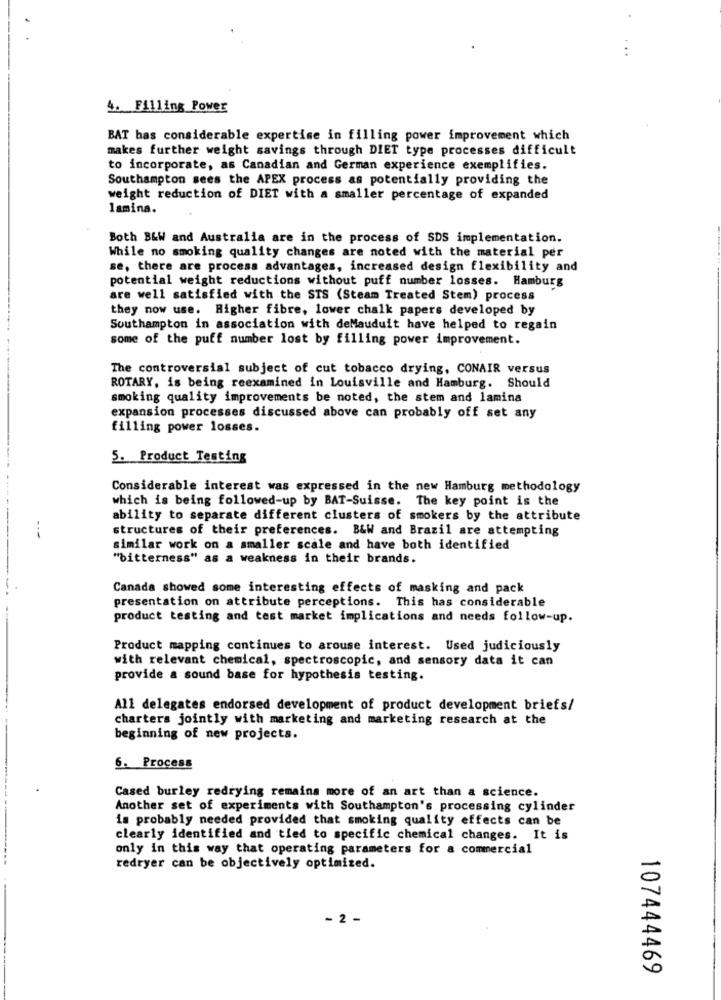
4. Filling Power
BAT has considerable expertise in filling power improvement which
makes further weight savings through DIET type processes difficult
to incorporate, as Canadian and German experience exemplifies.
Southampton sees the APEX process as potentially providing the
weight reduction of DIET with a smaller percentage of expanded
lamina.
Both B&W and Australia are in the process of SDS implementation.
While no smoking quality changes are noted with the material per
se, there are process advantages, increased design flexibility and
potential weight reductions without puff number losses. Hamburg
are well satisfied with the STS (Steam Treated Stem) process
they now use. Higher fibre, lower chalk papers developed by
Southampton in association with deMauduit have helped to regain
some of the puff number lost by filling power improvement.
The controversial subject of cut tobacco drying, CONAIR versus
ROTARY, is being reexamined in Louisville and Hamburg. Should
smoking quality improvements be noted, the stem and lamina
expansion processes discussed above can probably off set any
filling power losses.
5. Product Testing
Considerable interest was expressed in the new Hamburg methodology
which is being followed-up by BAT-Suisse. The key point is the
ability to separate different clusters of smokers by the attribute
structures of their preferences. B&W and Brazil are attempting
-.-
similar work on a smaller scale and have both identified
"bitterness" as a weakness in their brands.
Canada showed some interesting effects of masking and pack
presentation on attribute perceptions. This has considerable
product testing and test market implications and needs follow-up.
Product mapping continues to arouse interest. Used judiciously
with relevant chemical, spectroscopic, and sensory data it can
provide a sound base for hypothesis testing.
All delegates endorsed development of product development briefs/
charters jointly with marketing and marketing research at the
beginning of new projects.
6. Process
Cased burley redrying remains more of an art than a science.
Another set of experiments with Southampton's processing cylinder
is probably needed provided that smoking quality effects can be
clearly identified and tied to specific chemical changes. It is
only in this way that operating parameters for a commercial
redryer can be objectively optimized.
- 2 -
107444469